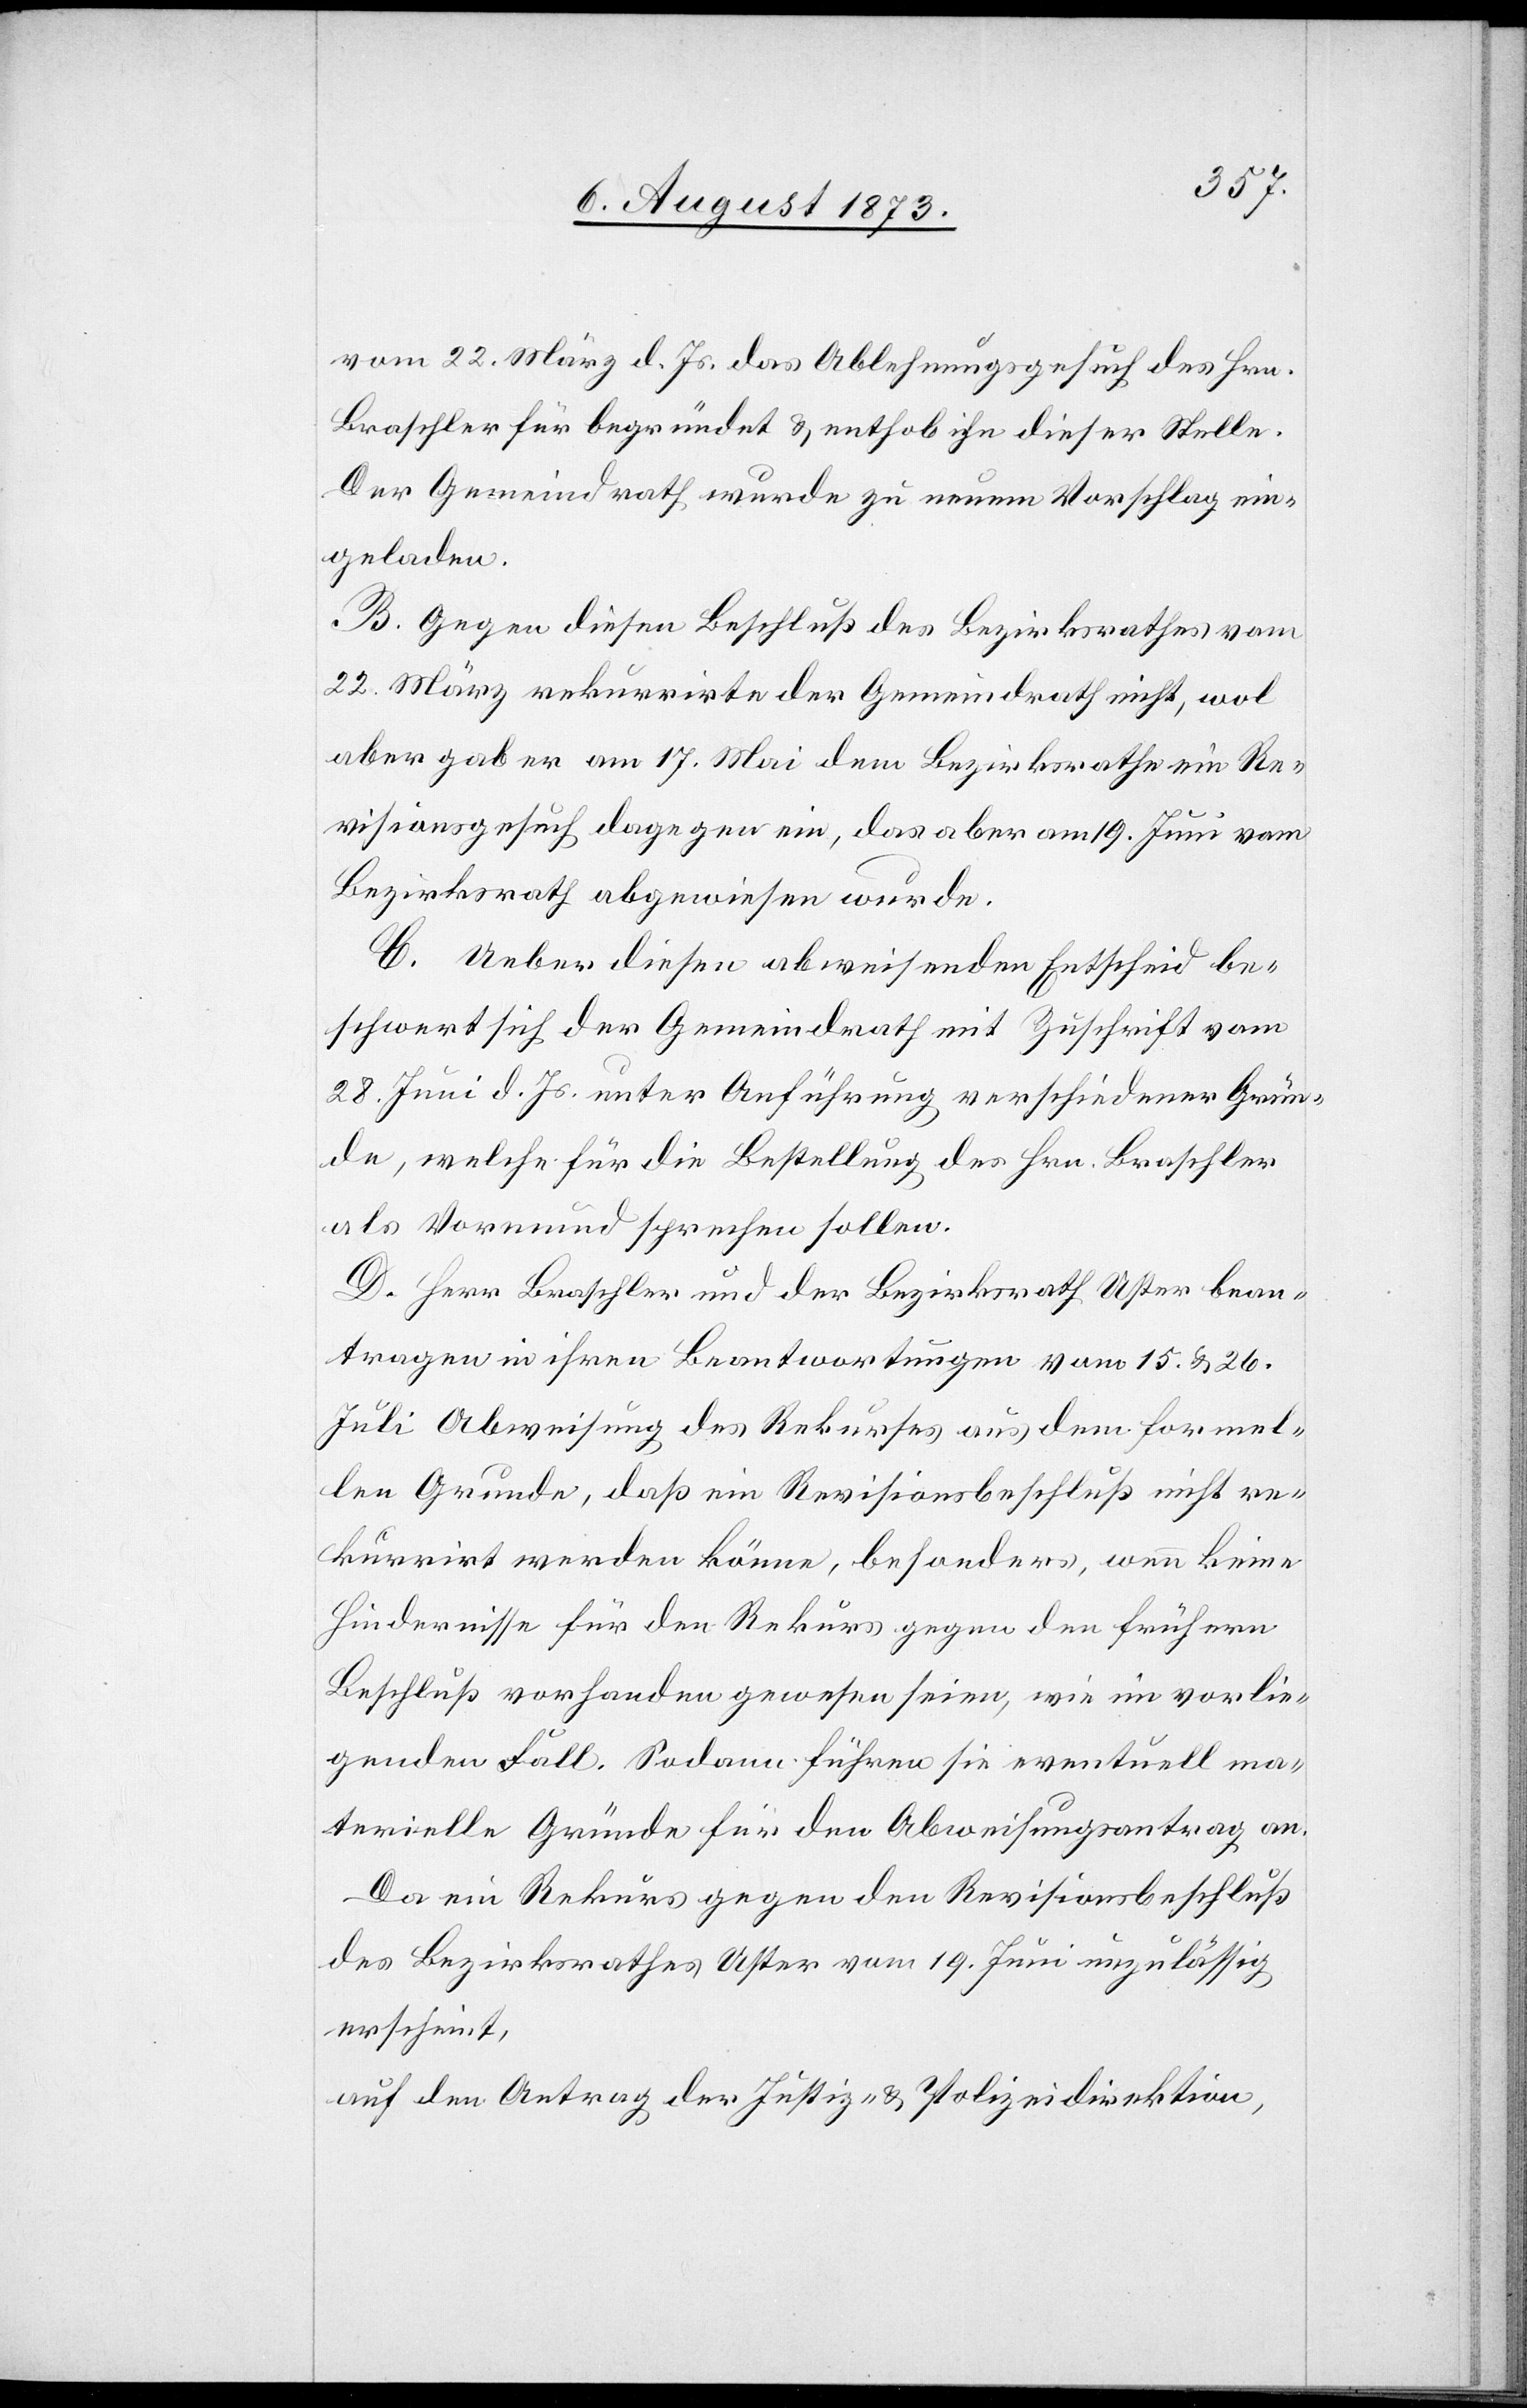
vom 22. März d. Js. das Ablehnungsgesuch des Hrn.
Braschler für begründet & enthob ihn dieser Stelle.
Der Gemeindrath wurde zu neuem Vorschlag ein¬
geladen.
B. Gegen diesen Beschluß des Bezirksrathes vom
22. März rekurrirte der Gemeindrath nicht, wol
aber gab er am 17. Mai dem Bezirksrathe ein Re¬
visionsgesuch dagegen ein, das aber am 19. Juni vom
Bezirksrath abgewiesen wurde.
C. Ueber diesen abweisenden Entscheid be¬
schwert sich der Gemeindrath mit Zuschrift vom
28. Juni d. Js. unter Anführung verschiedener Grün¬
de, welche für die Bestellung des Hrn. Braschler
als Vormund sprechen sollen.
D. Herr Braschler und der Bezirksrath Uster bean¬
tragen in ihren Beantwortungen vom 15. & 26.
Juli Abweisung des Rekurses aus dem formel¬
len Grunde, daß ein Revisionsbeschluß nicht re¬
kurrirt werden könne, besonders, wenn keine
Hindernisse für den Rekurs gegen den frühern
Beschluß vorhanden gewesen seien, wie im vorlie¬
genden Fall. Sodann führen sie eventuell ma¬
terielle Gründe für den Abweisungsantrag an.
Da ein Rekurs gegen den Revisionsbeschluß
des Bezirksrathes Uster vom 19. Juni unzulässig
erscheint,
auf den Antrag der Justiz- & Polizeidirektion,